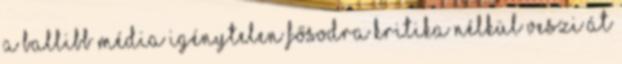
a ballibb média igénytelen fősodra kritika nélkül veszi át